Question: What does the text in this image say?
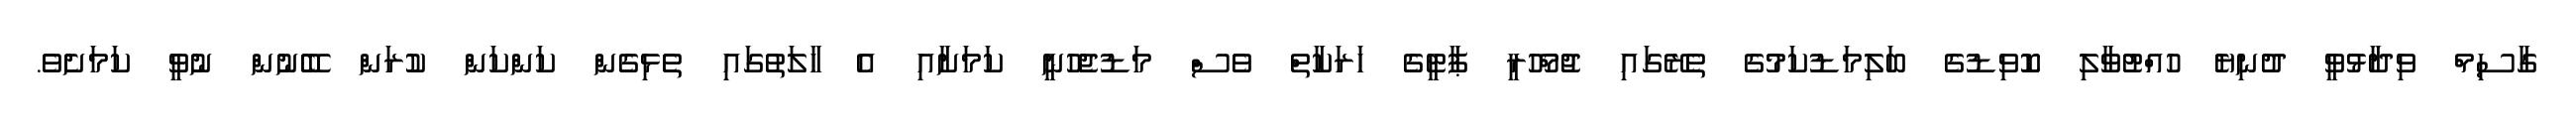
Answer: ގާސިމް ވިދާޅުވީ ދުނިޔެ ހުއްޓުވާލި ކޮވިޑުގެ ބަލިމަޑުކަމުގެ ތެރޭގައި ޖުމްހޫރީ ޕާޓީގެ ހަރަކާތް ވެސް މަޑުޖެހުނީ ކަމަށާއި އެ ހާލަތުގައި ތެޅިގެން ކަންކަން ކުރަން ބޭނުން ނުވީ ކަމަށެވެ.